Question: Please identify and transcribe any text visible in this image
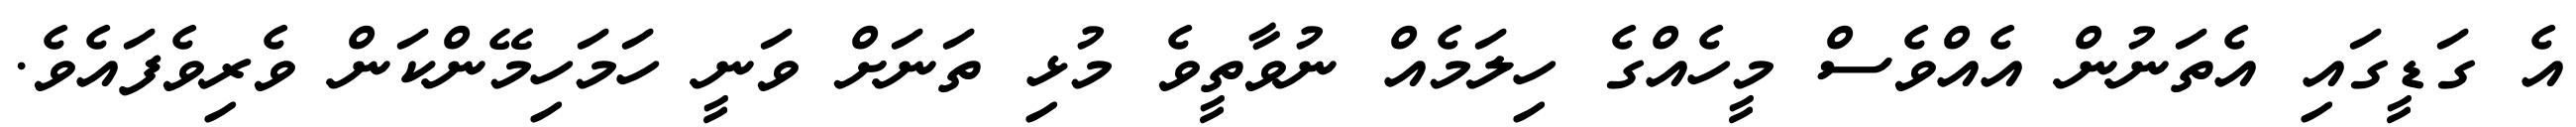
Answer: އެ ގަޑީގައި އެތަނުން އެއްވެސް މީހެއްގެ ހިލަމެއް ނުވާތީވެ މުޅި ތަނަށް ވަނީ ހަމަހިމޭންކަން ވެރިވެފައެވެ.